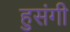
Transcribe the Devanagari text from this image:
हुसंगी